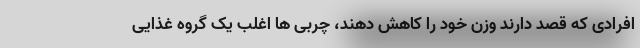
افرادی که قصد دارند وزن خود را کاهش دهند، چربی ها اغلب یک گروه غذایی